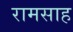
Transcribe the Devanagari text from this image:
रामसाह